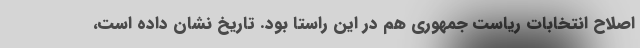
اصلاح انتخابات ریاست جمهوری هم در این راستا بود. تاریخ نشان داده است،